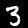
Label: 3